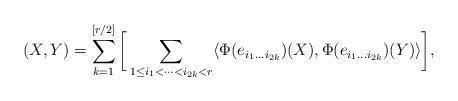
LaTeX: \begin{gather*}(X,Y)=\sum_{k=1}^{[r/2]} \bigg[\sum_{1\leq i_1<\dots<i_{2k}<r}\langle \Phi(e_{i_1\dots i_{2k}})(X),\Phi(e_{i_1\dots i_{2k}})(Y)\rangle \bigg], \end{gather*}